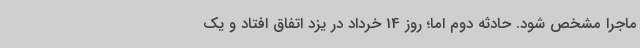
ماجرا مشخص شود. حادثه دوم اما؛ روز 14 خرداد در یزد اتفاق افتاد و یک